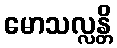
မောသလ္လန္တိ